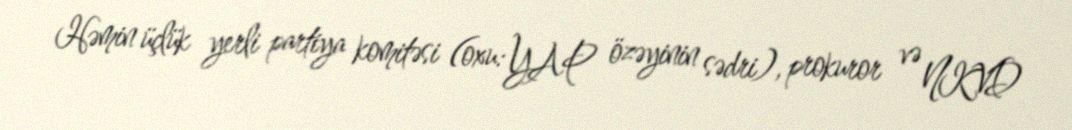
Həmin üçlük yerli partiya komitəsi (oxu: YAP özəyinin sədri), prokuror və NKVD